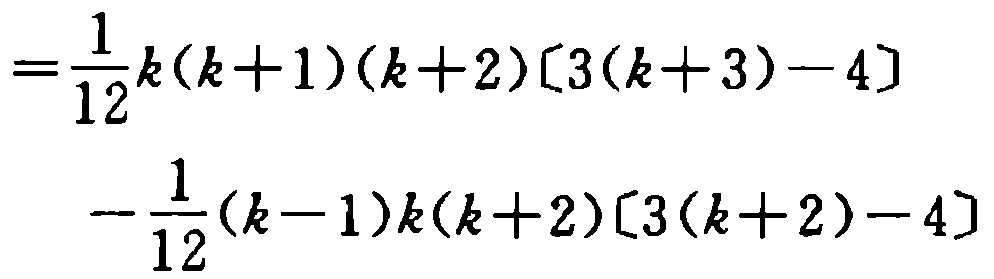
\[

\begin{align*}

=&\frac{1}{12}k(k + 1)(k + 2)[3(k + 3)-4]\\

&-\frac{1}{12}(k - 1)k(k + 2)[3(k + 2)-4]

\end{align*}

\]